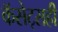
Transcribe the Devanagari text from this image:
कॅसेट्सही